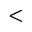
<